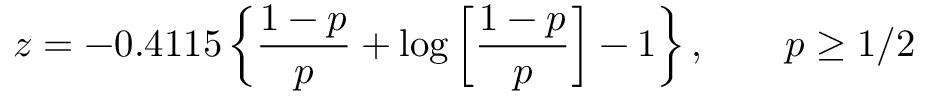
z = - 0 . 4 1 1 5 \left\{ { \frac { 1 - p } { p } } + \log \left[ { \frac { 1 - p } { p } } \right] - 1 \right\} , \qquad p \geq 1 / 2